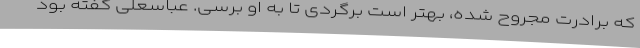
که برادرت مجروح شده، بهتر است برگردی تا به او برسی. عباسعلی گفته بود